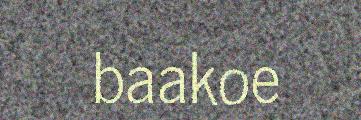
baakoe